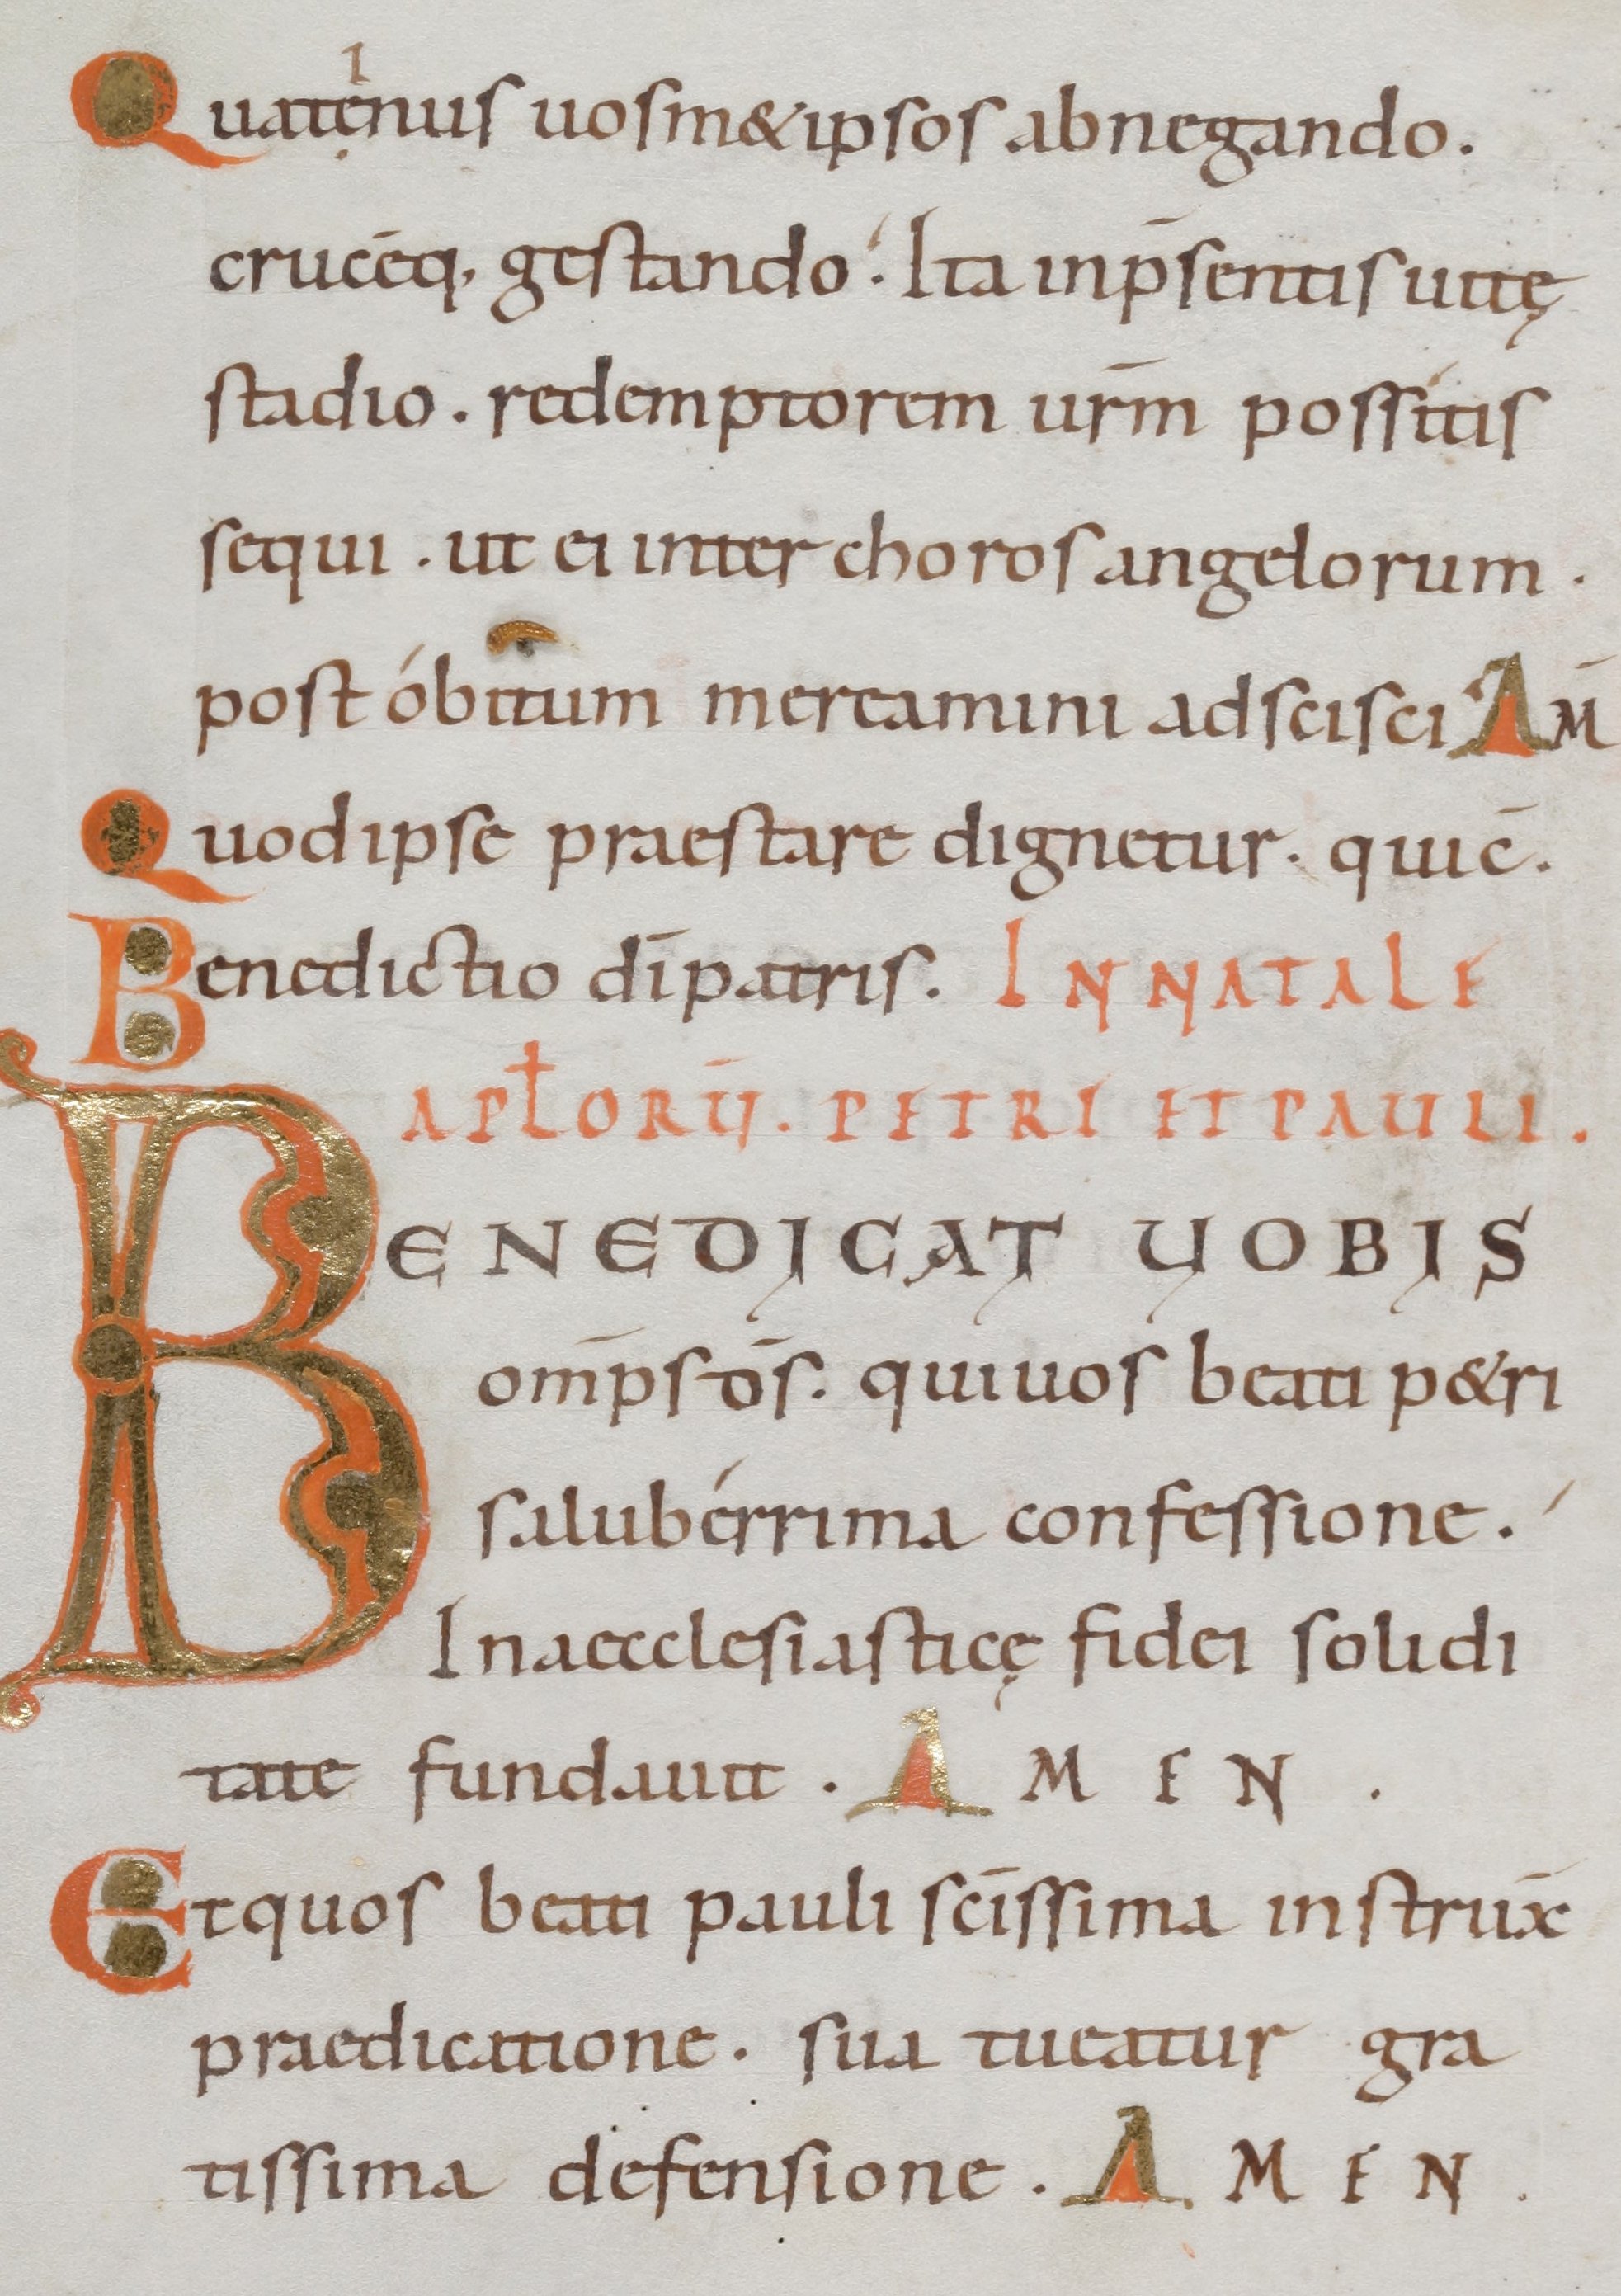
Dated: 1000–1099